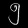
Digit: ၅